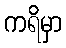
ကရိမှာ